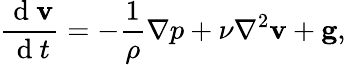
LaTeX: \frac{\mathrm{~d~}\mathbf{v}}{\mathrm{~d~}t}=-\frac{1}{\rho}\nabla p+\nu\nabla^{2}\mathbf{v}+\mathbf{g},